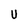
Character: U